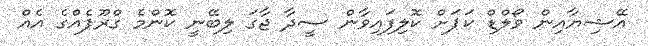
އޭޝިޔާއިން ވޯލްޑް ކަޕަށް ކޮލިފައިވާން ސީދާ ޖާގަ ލިބޭނީ ކޮންމެ ގްރޫޕެއްގެ އެއް